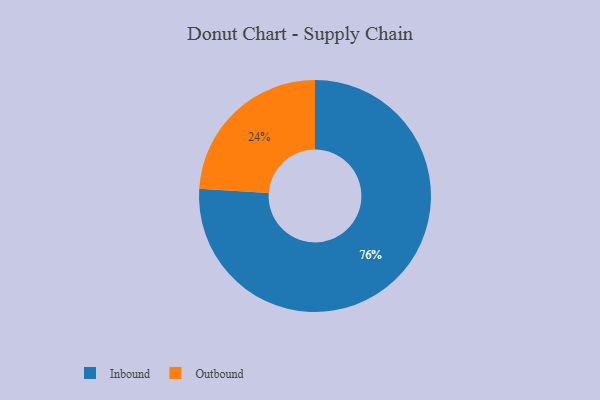
{"axis": {"x": "Category", "y": "Percentage"}, "legend": ["Inbound", "Outbound"], "data": [{"x": "Inbound", "y": 76, "type": "Inbound"}, {"x": "Outbound", "y": 24, "type": "Outbound"}]}